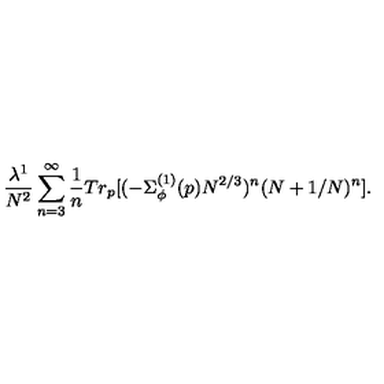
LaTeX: \frac { \lambda ^ { 1 } } { N ^ { 2 } } \sum _ { n = 3 } ^ { \infty } \frac { 1 } { n } T r _ { p } [ ( - \Sigma _ { \phi } ^ { ( 1 ) } ( p ) N ^ { 2 / 3 } ) ^ { n } ( N + 1 / N ) ^ { n } ] .